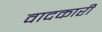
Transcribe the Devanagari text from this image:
वादकारी